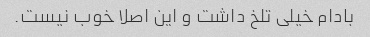
بادام خیلی تلخ داشت و این اصلا خوب نیست.